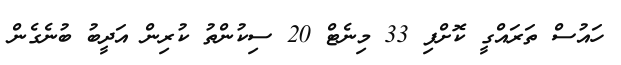
ހައުސް ތަރައްގީ ކޮށްފި 33 މިނެޓް 20 ސިކުންތު ކުރިން އަދީބު ބުނެގެން